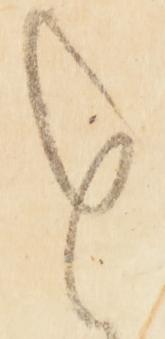
を